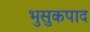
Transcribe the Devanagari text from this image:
भुसुकपाद